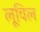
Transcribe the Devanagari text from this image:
लूविल